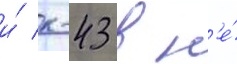
и́ к-43 в н'е́